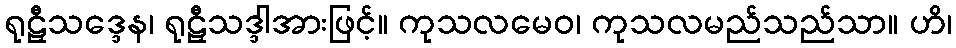
ရုဠှီသဒ္ဒေန၊ ရုဠှီသဒ္ဒါအားဖြင့်။ ကုသလမေဝ၊ ကုသလမည်သည်သာ။ ဟိ၊